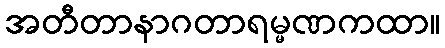
အတီတာနာဂတာရမ္မဏကထာ။